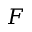
F